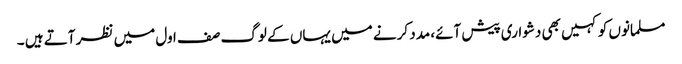
مسلمانوں کو کہیں بھی دشواری پیش آئے، مدد کرنے میں یہاں کے لوگ صف اول میں نظر آتے ہیں ۔